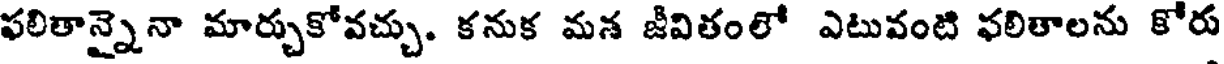
ఫలితాన్నైనా మార్చుకోవచ్చు. కనుక మశ జీవితంలో ఎటువంటి ఫలితాలను కోరు